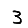
Digit: 3